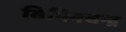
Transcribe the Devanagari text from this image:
विपिनचन्द्र